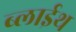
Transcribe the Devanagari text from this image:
ब्लाईथ